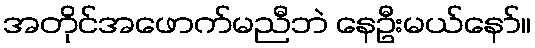
အတိုင်အဖောက်မညီဘဲ နေဦးမယ်နော်။